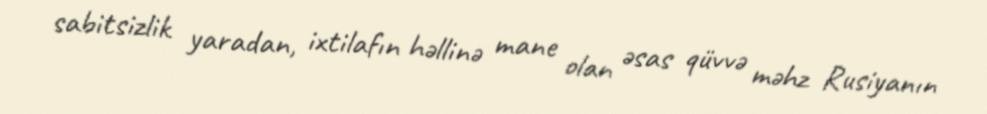
sabitsizlik yaradan, ixtilafın həllinə mane olan əsas qüvvə məhz Rusiyanın